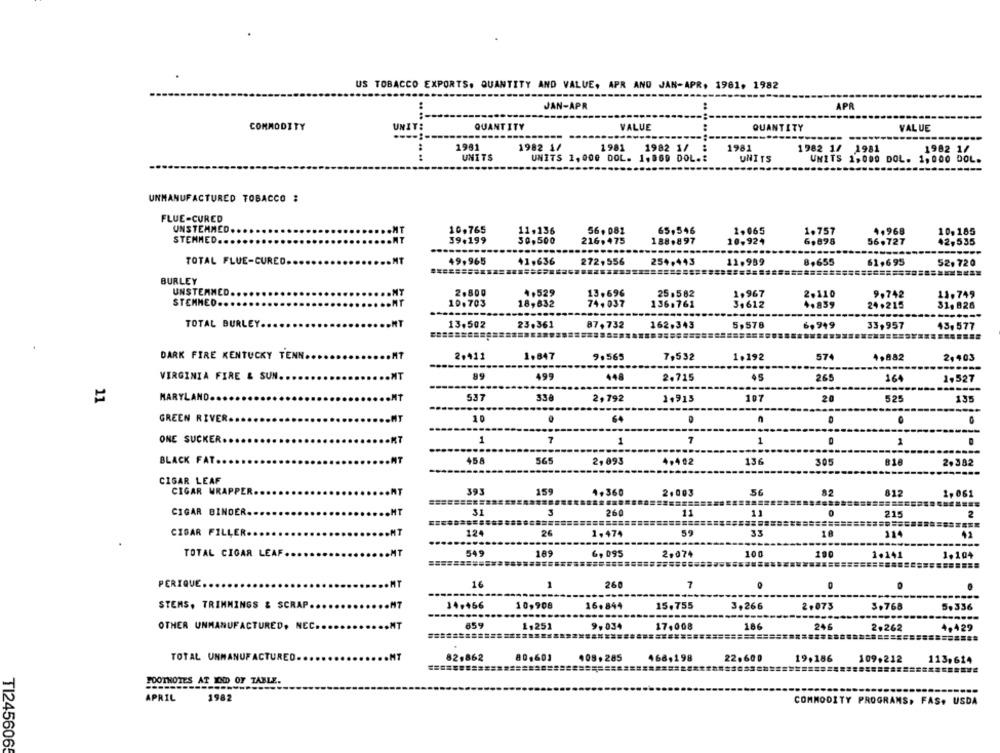
US TOBACCO EXPORTS. QUANTITY AND VALUE, APR AND JAN-APR, 1961. 1982
JAN-APR
APR
COMMODITY
UNIT:
.. .. ..
QUANTITY
VALUE
QUANTITY
VALUE
----:
..
1981
1982 1/
1981
1982 1/
:
1981
1982 1/ 1981
1982 1/
UNITS
UNITS 1, 000 DOL. 1,060 DOL .:
UNITS
UNITS 1,000 DOL. 1,000 DOL.
UNMANUFACTURED TOBACCO :
FLUE-CURED
UNSTEMMED ...
10.765
11,136
56. 082
65.546
2.065
1.757
4,968
10.185
STENMED.
39.199
30.500
216,475
188.897
10.924
6,898
56.727
12,535
-----
TOTAL FLUE-CURED ...
49.965
41,636
272,556
254.443
11,989
8,655
61.695
52. 720
BURLEY
UNSTEMMED ..
2.800
4.529
13.696
25.582
2.110
9.742
13.749
10.703
1,967
STENMED ..
18,632
74,037
136.761
3,612
4.839
24,215
31, 928
TOTAL BURLEY ..
13.502
23.361
87,732
6,949
162.343
5,578
33,957
43, 577
574
DARK FIRE KENTUCKY TENN ...
2.411
1.847
9.565
7,532
1.192
4,882
2,403
---
VIRGINIA FIRE & SUN ..
99
499
448
45
265
2.715
164
1,527
11
MARYLAND ..
537
338
2,792
1.913
107
20
525
135
-------
GREEN RIVER ..
10
64
n
ONE SUCKER ...
1
7
1
7
1
0
1
BLACK FAT ..
458
565
2, 093
4.402
136
305
818
2.382
CIGAR LEAF
CIGAR WRAPPER ..
393
159
4.360
2.003
56
82
812
1,061
CIGAR BINDER ...
31
3
260
11
11
215
2
=======
CIGAR FILLER.
124
26
59
18
114
41
1,474
TOTAL CIGAR LEAF ..
549
189
6, 095
2,074
100
100
1.141
1.104
========
PERIQUE ...
16
1
260
7
STEMS. TRIMMINGS & SCRAP ..
14.456
10,908
16.844
15,755
3,266
2.073
3,768
5.336
OTHER UNMANUFACTURED, NEC.
859
1,251
9.034
17,008
186
246
2.262
4,429
82.862
TOTAL UNMANUFACTURED.
80,603
408.285
168,198
22.600
19,186
109.212
113,624
FOOTNOTES AT END OF TABLE.
APRIL
1982
COMMODITY PROGRAMS, FAS. USDA
TI2456065